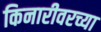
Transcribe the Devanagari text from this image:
किनारीवरच्या